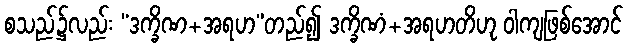
စသည်၌လည်း “ဒက္ခိဏ+အရဟ”တည်၍ ဒက္ခိဏံ+အရဟတိဟု ဝါကျဖြစ်အောင်